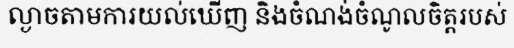
ល្ងាចតាមការយល់ឃើញ និងចំណង់ចំណូលចិត្តរបស់